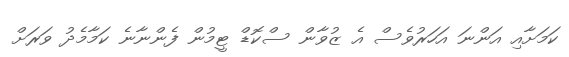
ކަމަށާއި އަންނަ އަހަރުވެސް އެ ޒުވާން ސްކޮޑް ޓީމުން ފެންނާނެ ކަމާމެދު ވަރަށް